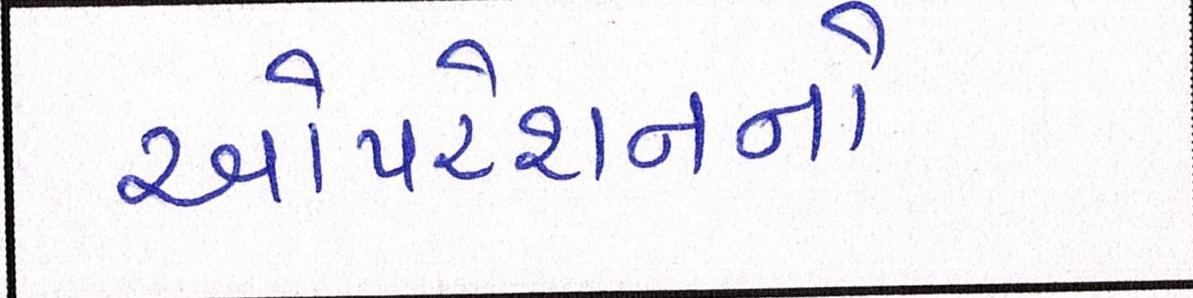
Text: ઓપરેશનનો